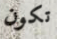
تكون